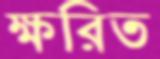
ক্ষরিত